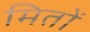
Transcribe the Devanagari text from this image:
मितों